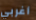
أغربي